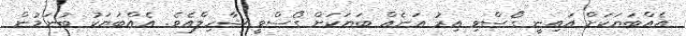
އެއްބަޔަކަށް އައިނީ ގޯސްވި އިރު އަނެއް ބަޔަކަށް ގޯސްވީ ޝާހިލްއެވެ. އެއްބަޔަކު ބުނަމުން